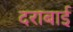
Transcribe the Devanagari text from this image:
दराबाई